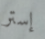
إستر